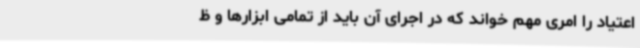
اعتیاد را امری مهم خواند که در اجرای آن باید از تمامی ابزارها و ظ